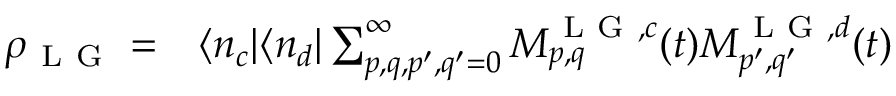
\begin{array} { r l } { \rho _ { \mathrm { ~ L ~ G ~ } } = } & { { } \langle n _ { c } | \langle n _ { d } | \sum _ { p , q , p ^ { \prime } , q ^ { \prime } = 0 } ^ { \infty } M _ { p , q } ^ { \mathrm { ~ L ~ G ~ } , c } ( t ) M _ { p ^ { \prime } , q ^ { \prime } } ^ { \mathrm { ~ L ~ G ~ } , d } ( t ) } \end{array}